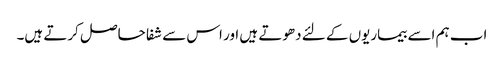
اب ہم اسے بیماریوں کے لئے دھوتے ہیں اور اس سے شفا حاصل کرتے ہیں۔